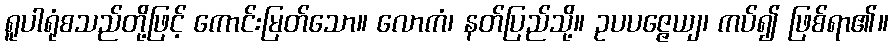
ရူပါရုံစသည်တို့ဖြင့် ကောင်းမြတ်သော။ လောကံ၊ နတ်ပြည်သို့။ ဥပပဇ္ဇေယျ၊ ကပ်၍ ဖြစ်ရာ၏။